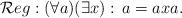
LaTeX: \begin{align*}\mathcal{R}eg:(\forall a)(\exists x):\,a=axa.\end{align*}